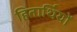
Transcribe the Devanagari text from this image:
हितार्थियों